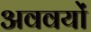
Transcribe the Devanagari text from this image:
अववयों